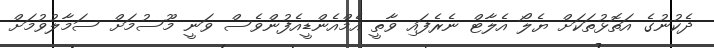
ދެކުނުގެ އަތޮޅުތަކަށް ޔެލޯ އެލާޓް ނެރެފައި ވާތީ އެމްއެންޑީއެފުންވެސް ވަނީ މޫސުމަށް ސަމާލުވުމަށް